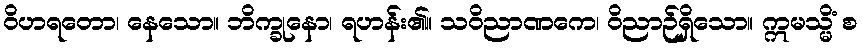
ဝိဟရတော၊ နေသော။ ဘိက္ခုနော၊ ရဟန်း၏။ သဝိညာဏကေ၊ ဝိညာဉ်ရှိသော။ ဣမသ္မိံ စ